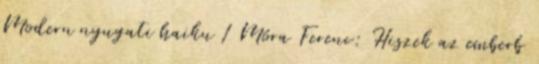
Modern nyugati haiku 1 Móra Ferenc: Hiszek az emberb